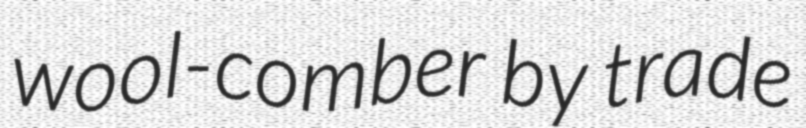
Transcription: wool-comber by trade